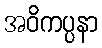
အဝိကပ္ပနာ